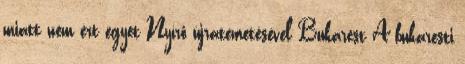
miatt nem ért egyet Nyírő újratemetésével Bukarest A bukaresti